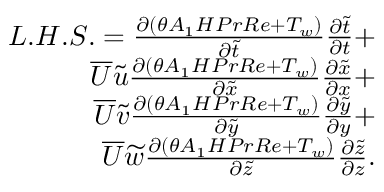
\begin{array} { r } { L . H . S . = { \frac { \partial ( \theta A _ { 1 } H P r R e + T _ { w } ) } { \partial \widetilde { t } } } { \frac { \partial \widetilde { t } } { \partial t } } + } \\ { \overline { { U } } \widetilde { u } { \frac { \partial ( \theta A _ { 1 } H P r R e + T _ { w } ) } { \partial \widetilde { x } } } { \frac { \partial \widetilde { x } } { \partial x } } + } \\ { \overline { { U } } \widetilde { v } { \frac { \partial ( \theta A _ { 1 } H P r R e + T _ { w } ) } { \partial \widetilde { y } } } { \frac { \partial \widetilde { y } } { \partial y } } + } \\ { \overline { { U } } \widetilde { w } { \frac { \partial ( \theta A _ { 1 } H P r R e + T _ { w } ) } { \partial \widetilde { z } } } { \frac { \partial \widetilde { z } } { \partial z } } . } \end{array}